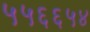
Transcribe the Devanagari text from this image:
५५६६५४